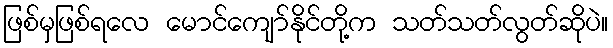
ဖြစ်မှဖြစ်ရလေ မောင်ကျော်နိုင်တို့က သတ်သတ်လွတ်ဆိုပဲ။